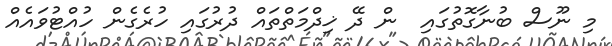
މި ނޫސް ބުނާގޮތުގައި  ން ދޭ ޚިދްމަތްތައް ދުރުގައި ހުރެގެން ހުއްޓުވައެއް